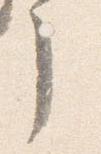
了